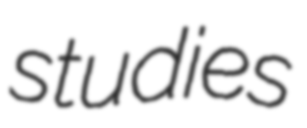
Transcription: studies